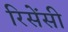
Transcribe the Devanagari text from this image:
रिसेंसी